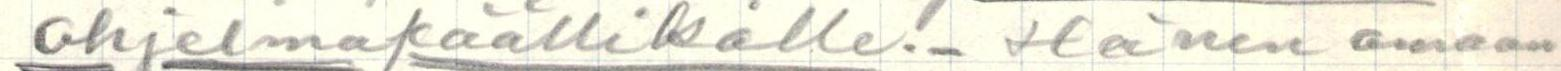
Ohjelmapäällikölle!- Hänen omaan